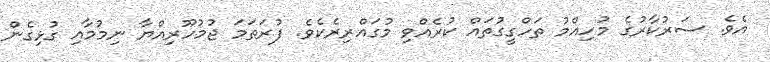
އެވެ. ސަރުކާރުގެ މުހިއްމު ތަހްގީގުތައް ކުރެއްވި މުގައްރިރެކެވެ. ފުރަތަމަ ޖުމުހޫރިއްޔާ ނިމުމާއި ގުޅިގެން